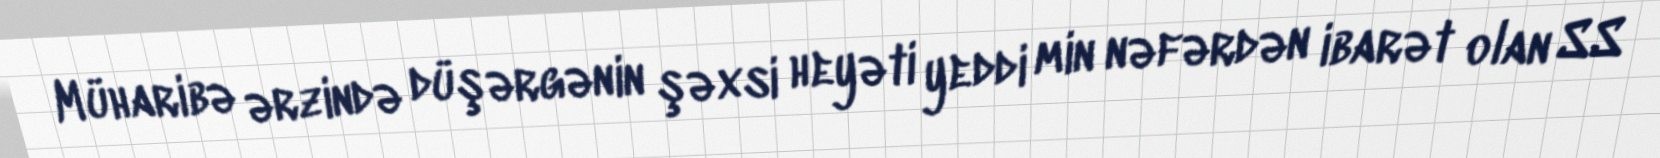
Müharibə ərzində düşərgənin şəxsi heyəti yeddi min nəfərdən ibarət olan SS